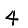
Digit: 4